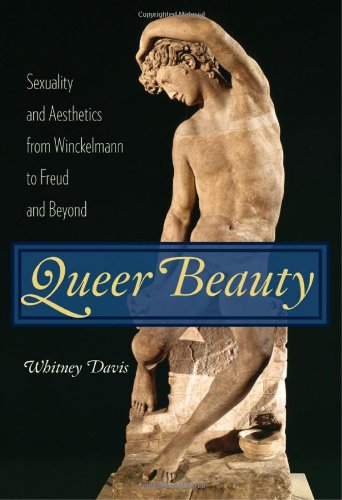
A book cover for Queer Beauty: Sexuality and Aesthetics from Winckelmann to Freud and Beyond (Columbia Themes in Philosophy, Social Criticism, and the Arts); Whitney Davis; Gay & Lesbian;